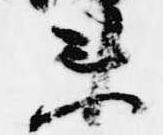
衛